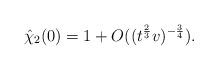
LaTeX: \begin{align*}\hat\chi_2(0)=1+O((t^{\frac{2}{3}}v)^{-\frac{3}{4}}).\end{align*}